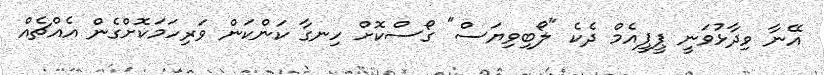
އޭނާ ވިދާޅުވަނީ ޕީޕީއެމް ދެކެ "ލޯބިވިޔަސް" ގޯސްކޮށް ހިނގާ ކަންކަން ވަރިހަމަކޮށްގެން އެއްޗެއް